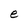
Character: e